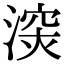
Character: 㴱